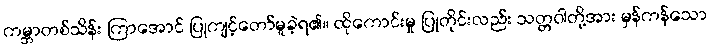
ကမ္ဘာတစ်သိန်း ကြာအောင် ပြုကျင့်တော်မူခဲ့ရ၏။ ထိုကောင်းမှု ပြုတိုင်းလည်း သတ္တဝါတို့အား မှန်ကန်သော